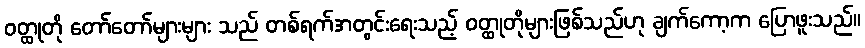
ဝတ္ထုတို တော်တော်များများ သည် တစ်ရက်အတွင်းရေးသည့် ဝတ္ထုတိုများဖြစ်သည်ဟု ချက်ကော့က ပြောဖူးသည်။